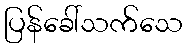
ပြန်ခေါ်သက်သေ